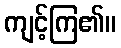
ကျင့်ကြ၏။